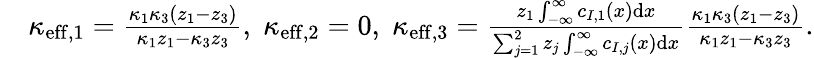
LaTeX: \begin{array}{rl}&{\kappa_{\mathrm{eff},1}=\frac{\kappa_{1}\kappa_{3}\left(z_{1}-z_{3}\right)}{\kappa_{1}z_{1}-\kappa_{3}z_{3}},\; \kappa_{\mathrm{eff},2}=0,\; \kappa_{\mathrm{eff},3}=\frac{z_{1}\int_{-\infty}^{\infty}c_{I,1}(x)\mathrm{d}x}{\sum_{j=1}^{2}z_{j}\int_{-\infty}^{\infty}c_{I,j}(x)\mathrm{d}x}\frac{\kappa_{1}\kappa_{3}\left(z_{1}-z_{3}\right)}{\kappa_{1}z_{1}-\kappa_{3}z_{3}}.}\end{array}